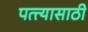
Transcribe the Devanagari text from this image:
पत्त्यासाठी